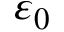
\varepsilon _ { 0 }